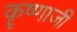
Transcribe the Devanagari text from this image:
कॄष्‍णाजी